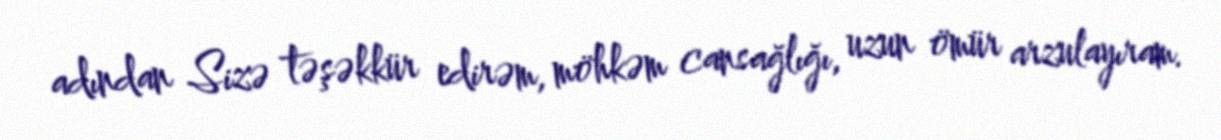
adından Sizə təşəkkür edirəm, möhkəm cansağlığı, uzun ömür arzulayıram.